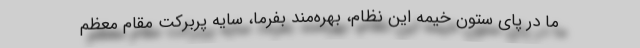
ما در پای ستون خیمه این نظام، بهره‌مند بفرما، سایه پربرکت مقام معظم